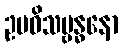
ဥပဓိသမ္ဗန္ဓနော